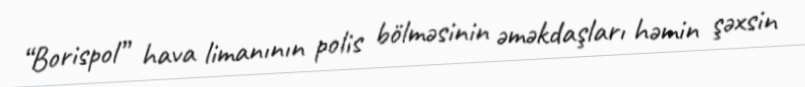
“Borispol” hava limanının polis bölməsinin əməkdaşları həmin şəxsin